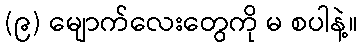
(၉) မျောက်လေးတွေကို မ စပါနဲ့။